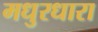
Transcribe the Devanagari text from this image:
मधुरधारा